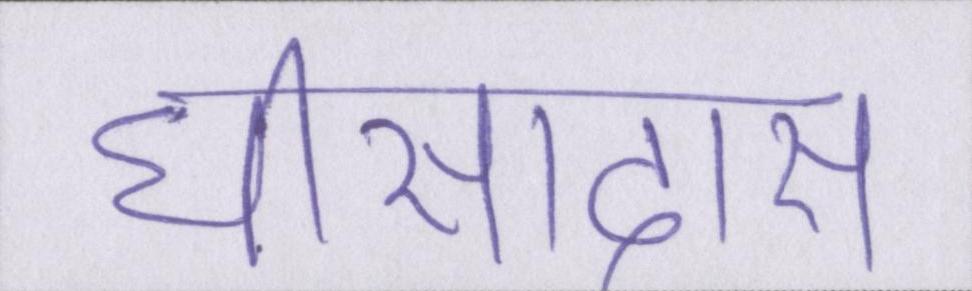
घीसादास